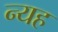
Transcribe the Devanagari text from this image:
न्यह